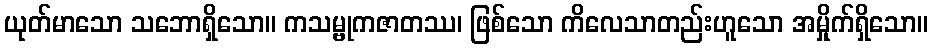
ယုတ်မာသော သဘောရှိသော။ ကသမ္ဗုကဇာတဿ၊ ဖြစ်သော ကိလေသာတည်းဟူသော အမှိုက်ရှိသော။